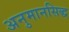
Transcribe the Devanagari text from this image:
अनुमानसिद्ध